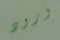
ورود